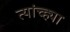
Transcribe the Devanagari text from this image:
त्यांच्ह्या